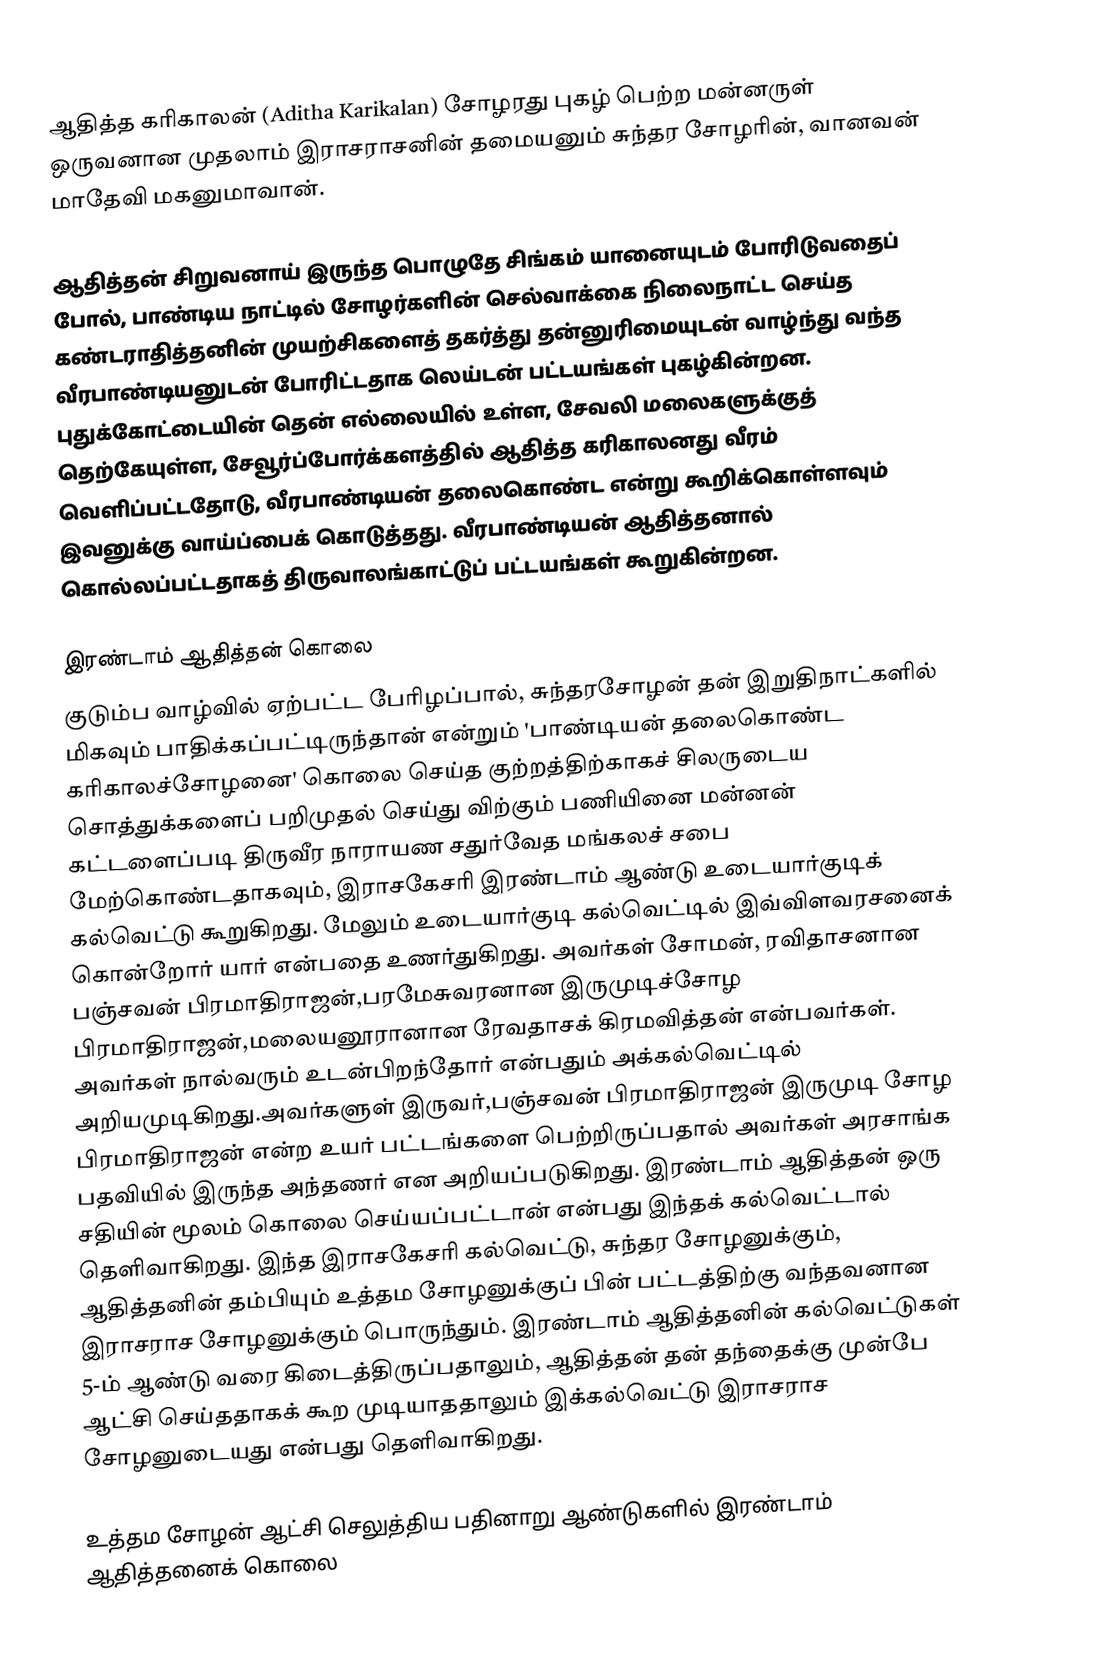
ஆதித்த கரிகாலன் (Aditha Karikalan) சோழரது புகழ் பெற்ற மன்னருள் ஒருவனான முதலாம் இராசராசனின் தமையனும் சுந்தர சோழரின், வானவன் மாதேவி மகனுமாவான்.

ஆதித்தன் சிறுவனாய் இருந்த பொழுதே சிங்கம் யானையுடம் போரிடுவதைப் போல், பாண்டிய நாட்டில் சோழர்களின் செல்வாக்கை நிலைநாட்ட செய்த கண்டராதித்தனின் முயற்சிகளைத் தகர்த்து தன்னுரிமையுடன் வாழ்ந்து வந்த வீரபாண்டியனுடன் போரிட்டதாக லெய்டன் பட்டயங்கள் புகழ்கின்றன. புதுக்கோட்டையின் தென் எல்லையில் உள்ள, சேவலி மலைகளுக்குத் தெற்கேயுள்ள, சேவூர்ப்போர்க்களத்தில் ஆதித்த கரிகாலனது வீரம் வெளிப்பட்டதோடு, வீரபாண்டியன் தலைகொண்ட என்று கூறிக்கொள்ளவும் இவனுக்கு வாய்ப்பைக் கொடுத்தது. வீரபாண்டியன் ஆதித்தனால் கொல்லப்பட்டதாகத் திருவாலங்காட்டுப் பட்டயங்கள் கூறுகின்றன.

இரண்டாம் ஆதித்தன் கொலை
குடும்ப வாழ்வில் ஏற்பட்ட பேரிழப்பால், சுந்தரசோழன் தன் இறுதிநாட்களில் மிகவும் பாதிக்கப்பட்டிருந்தான் என்றும் 'பாண்டியன் தலைகொண்ட கரிகாலச்சோழனை' கொலை செய்த குற்றத்திற்காகச் சிலருடைய சொத்துக்களைப் பறிமுதல் செய்து விற்கும் பணியினை மன்னன் கட்டளைப்படி திருவீர நாராயண சதுர்வேத மங்கலச் சபை மேற்கொண்டதாகவும், இராசகேசரி இரண்டாம் ஆண்டு உடையார்குடிக் கல்வெட்டு கூறுகிறது. மேலும் உடையார்குடி கல்வெட்டில் இவ்விளவரசனைக் கொன்றோர் யார் என்பதை உணர்துகிறது. அவர்கள் சோமன், ரவிதாசனான பஞ்சவன் பிரமாதிராஜன்,பரமேசுவரனான இருமுடிச்சோழ பிரமாதிராஜன்,மலையனூரானான ரேவதாசக் கிரமவித்தன் என்பவர்கள். அவர்கள் நால்வரும் உடன்பிறந்தோர் என்பதும் அக்கல்வெட்டில் அறியமுடிகிறது.அவர்களுள் இருவர்,பஞ்சவன் பிரமாதிராஜன் இருமுடி சோழ பிரமாதிராஜன்  என்ற உயர் பட்டங்களை பெற்றிருப்பதால் அவர்கள் அரசாங்க பதவியில் இருந்த அந்தணர் என அறியப்படுகிறது. இரண்டாம் ஆதித்தன் ஒரு சதியின் மூலம் கொலை செய்யப்பட்டான் என்பது இந்தக் கல்வெட்டால் தெளிவாகிறது. இந்த இராசகேசரி கல்வெட்டு, சுந்தர சோழனுக்கும், ஆதித்தனின் தம்பியும் உத்தம சோழனுக்குப் பின் பட்டத்திற்கு வந்தவனான இராசராச சோழனுக்கும் பொருந்தும். இரண்டாம் ஆதித்தனின் கல்வெட்டுகள் 5-ம் ஆண்டு வரை கிடைத்திருப்பதாலும், ஆதித்தன் தன் தந்தைக்கு முன்பே ஆட்சி செய்ததாகக் கூற முடியாததாலும் இக்கல்வெட்டு இராசராச சோழனுடையது என்பது தெளிவாகிறது.

உத்தம சோழன் ஆட்சி செலுத்திய பதினாறு ஆண்டுகளில் இரண்டாம் ஆதித்தனைக் கொலை